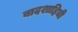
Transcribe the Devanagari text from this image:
बादशाहिची